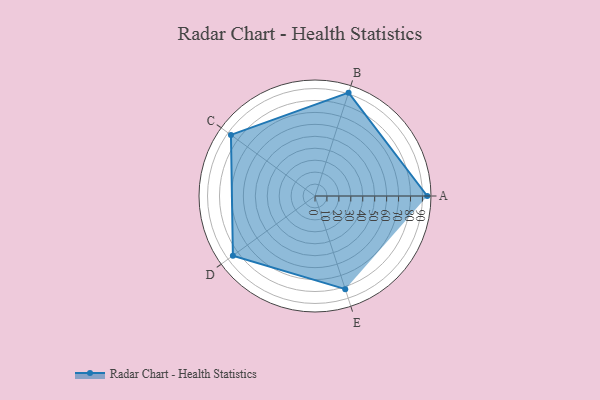
{"axis": {"x": "Skill", "y": "Score"}, "legend": ["Profile"], "data": [{"x": "A", "y": 94.0, "type": "Profile"}, {"x": "B", "y": 91.0, "type": "Profile"}, {"x": "C", "y": 87.0, "type": "Profile"}, {"x": "D", "y": 85.0, "type": "Profile"}, {"x": "E", "y": 82.0, "type": "Profile"}]}